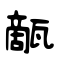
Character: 甋